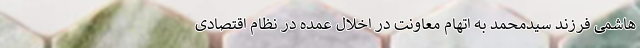
هاشمی فرزند سیدمحمد به اتهام معاونت در اخلال عمده در نظام اقتصادی